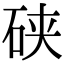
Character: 硖